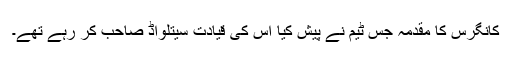
کانگرس کا مقدمہ جس ٹیم نے پیش کیا اس کی قیادت سیتلواڈ صاحب کر رہے تھے۔